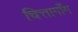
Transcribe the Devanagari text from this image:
चित्तागाँग